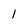
Character: 1